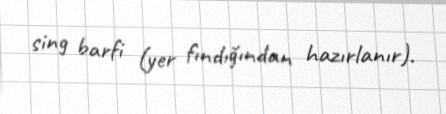
sing barfi (yer fındığından hazırlanır).